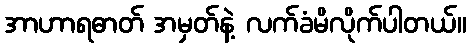
အာဟာရဓာတ် အမှတ်နဲ့ လက်ခံမိလိုက်ပါတယ်။